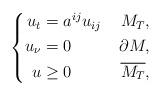
LaTeX: \begin{align*}\left\{\begin{aligned}u_t &= a^{ij}u_{ij} &\; M_T, \\ u_\nu &= 0 & \; \partial M, \\u &\geq 0 & \; \overline{M_T},\end{aligned}\right.\end{align*}